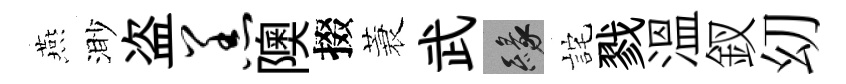
燕渺盗羔隩掇蓑武緣詫戮温釵㓜